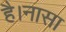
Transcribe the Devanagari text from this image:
है।नासा